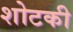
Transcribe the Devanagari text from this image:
शोटकी